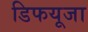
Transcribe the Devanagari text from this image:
डिफयूजा